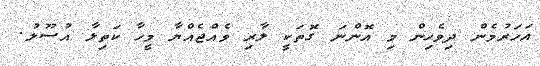
އަހަރުމެން ދިވެހިން މި އޮންނަ ގޮތަކީ ލާރި ވެއްޖެއްޔާ މީހާ ކަތިލާ އުސޫލު.